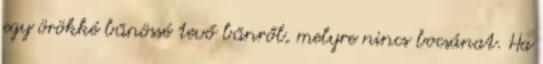
egy örökké bűnössé tevő bűnről, melyre nincs bocsánat. Ha